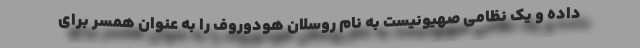
داده و یک نظامی صهیونیست به نام روسلان هودوروف را به عنوان همسر برای